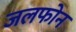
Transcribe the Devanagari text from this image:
जलफोन